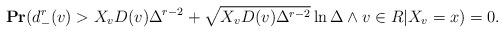
LaTeX: \begin{align*}\mathbf{Pr}(d^r_-(v) > X_v D(v) \Delta^{r-2}+\sqrt{X_vD(v)\Delta^{r-2}}\ln\Delta \wedge v\in R | X_v=x) = 0. \end{align*}